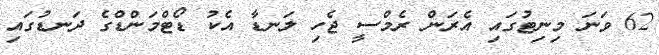
62 ވަނަ މިނިޓުގައި އެރަން ރެމްސީ ޖެހި ލަނޑާ އެކު ޑޯޓްމަންޑްގެ ދަނޑުގައި